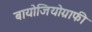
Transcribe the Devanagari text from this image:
बायोजियोग्राफी